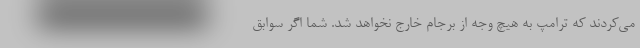
می‌کردند که ترامپ به هیچ وجه از برجام خارج نخواهد شد. شما اگر سوابق